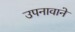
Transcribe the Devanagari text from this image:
उपनावाने